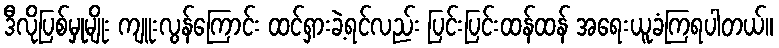
ဒီလိုပြစ်မှုမျိုး ကျူးလွန်ကြောင်း ထင်ရှားခဲ့ရင်လည်း ပြင်းပြင်းထန်ထန် အရေးယူခံကြရပါတယ်။